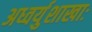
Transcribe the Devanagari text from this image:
अध्वर्युशाखाः